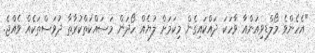
"އެހެންވެ މޯލްޑިވިއަންއާ ވާހަކަ ދައްކައިގެން މިކަމަށް ލުޔެއް ހޯދަން މަސައްކަތްކުރާތާ ދުވަސްތަކެއް ވެއްޖެ.